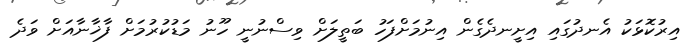
އިރުކޮޅަކު އެނދުގައި އިށީނދެގެން އިނުމަށްފަހު ބަތީލަށް ވިސްނުނީ ހޫނު މަޑުކުރުމަށް ފާޚާނާއަށް ވަދެ